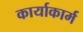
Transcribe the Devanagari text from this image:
कार्याकार्म